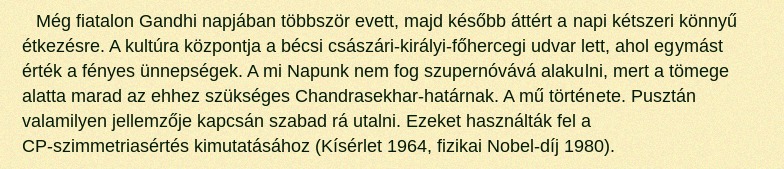
Még fiatalon Gandhi napjában többször evett, majd később áttért a napi kétszeri könnyű étkezésre. A kultúra központja a bécsi császári-királyi-főhercegi udvar lett, ahol egymást érték a fényes ünnepségek. A mi Napunk nem fog szupernóvává alakulni, mert a tömege alatta marad az ehhez szükséges Chandrasekhar-határnak. A mű története. Pusztán valamilyen jellemzője kapcsán szabad rá utalni. Ezeket használták fel a CP-szimmetriasértés kimutatásához (Kísérlet 1964, fizikai Nobel-díj 1980).